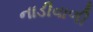
નાડીવાળી